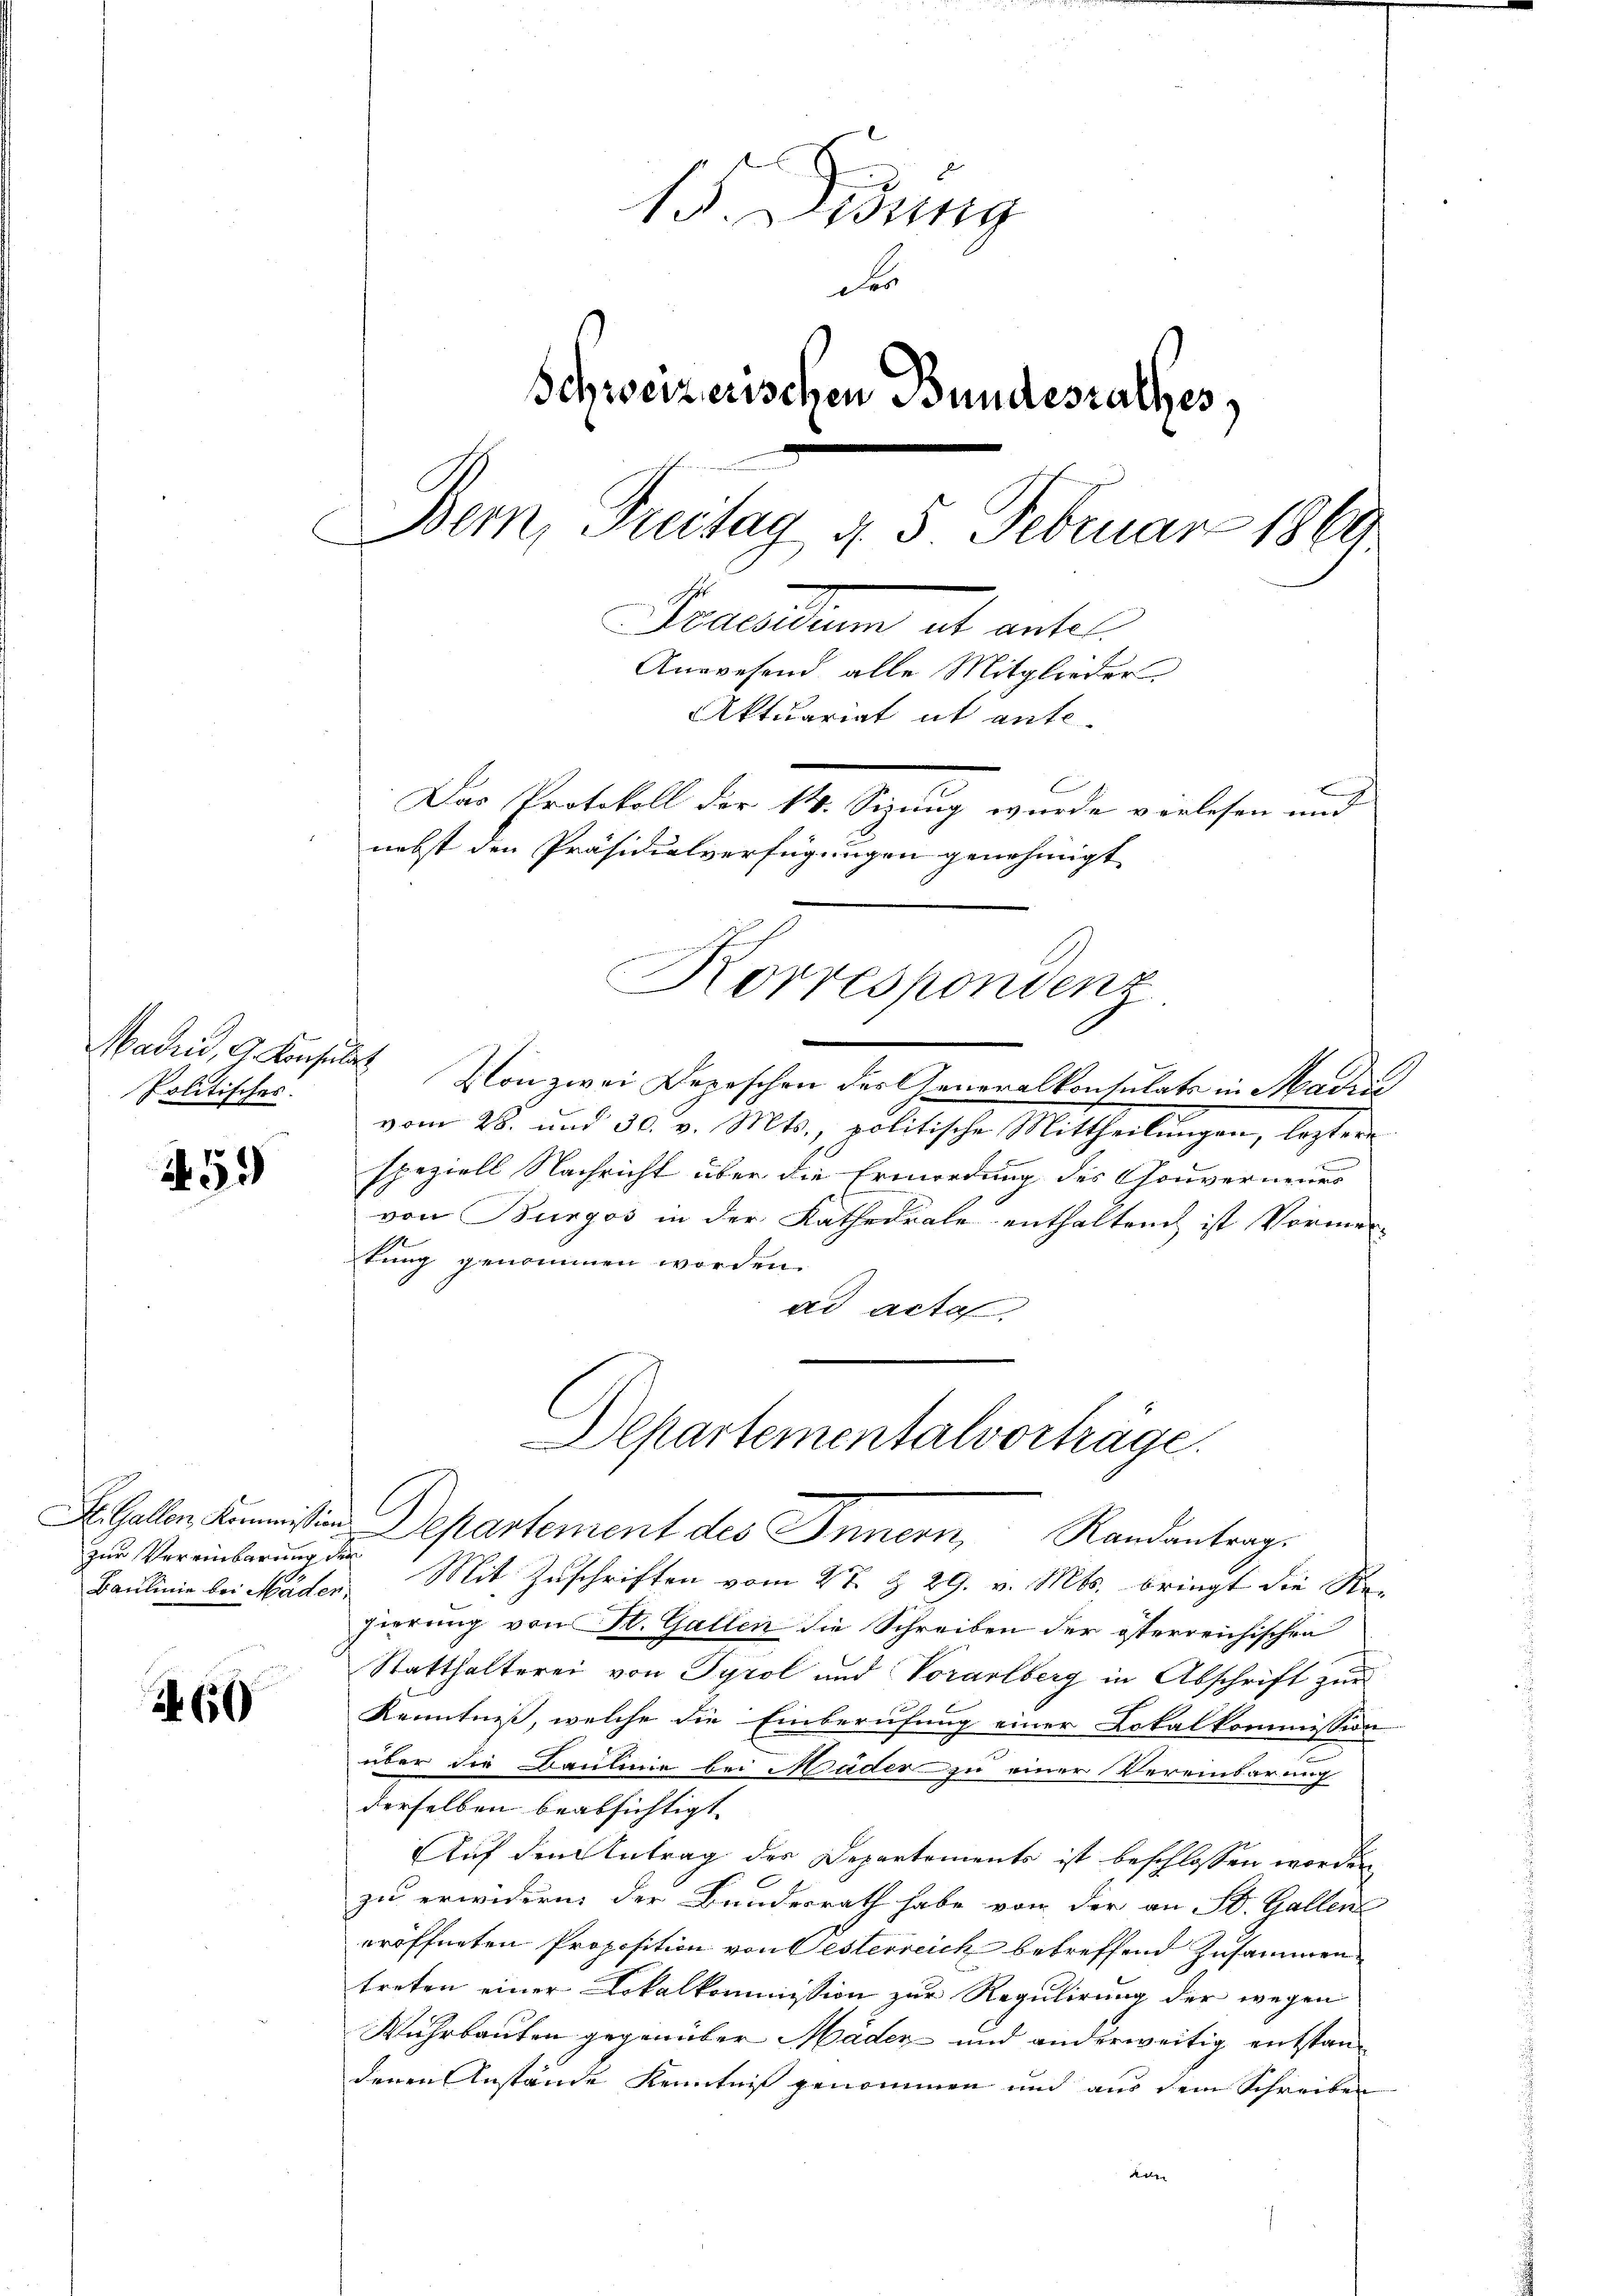
Madrid, G. Konsulat
Politisches.

.59)

St. Gallen, Kommission
Baulinie bei Mäder,

60

15. Diedung
der
Schweizerischen Bundesrathes
Bern, Freitag d. 5 Februar 1869
Batum das antel
Anwesend, alle Mitglieder
Aktuariat it ante-
Das Protokoll der 14. Sizung wurde verlesen und
nebst den Präsidialverfügungen genehmigt.

.
Von zwei Depeschen der Generalkontulats in Maden
vom 15. und 30. v. Mts., politische Mittheilungen, legten
speziell Nachricht über die Ermordung des Gouverneuer
von Burgos in der Kathedrale enthalten ist Vormen-
tung genommen worden.
ad acta
Departementalvorträge.
C
Departement des Innern, Randantrags
zur Vereinbarung der Mit Zuschriften vom 4t. § 29. v. Mts. bringt die Re-
fierung von St. Gallen die Schreiben der österreichischen
Statthalterei von Tyrol und Vorarlberg in Abschrift zur
Kenntniß, welche die Einberufung einer Lokalkommission
über die Baulinie bei Näder zu einer Vereinbarung
derselben beabsichtigt
Auf den Antrag des Departements ist beschlossen worden
.
zu erwidern der Bundesrath habe von der an St. Gallen
eröffneten Proposition von Pesterreich betreffend Zusammentreten einer Lokalkommission zur Regulirung der wegen
Wuhrbauten gegenüber Mäder und anderweitig entstandenen Anstände Kenntniß genommen und aus dem Schreiben
e

Korrespondenz